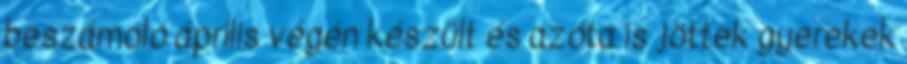
beszámoló április végén készült és azóta is jöttek gyerekek